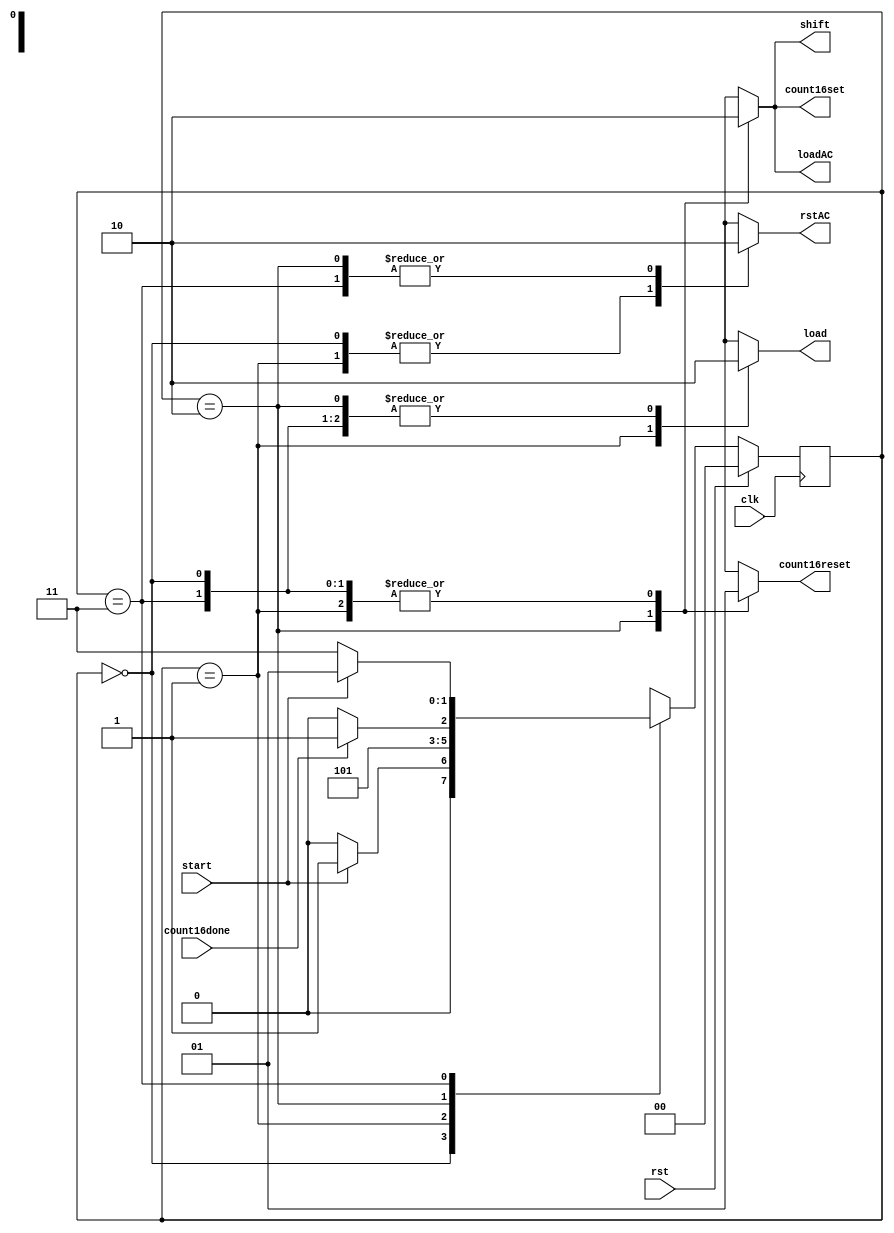
`timescale 1ns / 1ps

//////////////////////////////////////////////////////////////////////////////////


module CONTROLLER(load,
                  loadAC,
                  rstAC,
                  shift,
                  count16set,
                  count16reset,
                  
                  clk,
                  start,
                  rst,
                  count16done);
output reg load,
           loadAC,
           rstAC,
           shift,
           count16set,
           count16reset;
input clk,
      rst,
      start,
      count16done;
parameter S0=2'b00,S1=2'b01,S2=2'b10,S3=2'b11;  
reg[1:0] ps,ns;
always @(posedge clk)
begin
 if(rst)
  ps<=S0;
 else
  ps<=ns;
end    

always @(*)
begin
case(ps)
S0: begin
     rstAC=1'b1;
     loadAC=1'b0;
     load=1'b0;
     shift=1'b0;
     count16set=1'b0;
     count16reset=1'b1;  
     if(start)
      ns=S1;
     else
      ns=S0;
    end
S1: begin
     rstAC=1'b1;
     loadAC=1'b0;
     load=1'b1;
     shift=1'b0;
     count16set=1'b0;
     count16reset=1'b1; 
     
     ns=S2;
    end 
S2: begin
     rstAC=1'b0;
     loadAC=1'b1;
     load=1'b0;
     shift=1'b1;
     count16set=1'b1;
     count16reset=1'b0; 
     if(count16done)
      ns=S3;
     else
      ns=S2; 
    end   
S3: begin
     rstAC=1'b0;
     loadAC=1'b0;
     load=1'b0;
     shift=1'b0;
     count16set=1'b0;
     count16reset=1'b1;
     if(start)
      ns=S1;
     else
      ns=S3;
    end 
default: begin
          rstAC=1'b1;
          loadAC=1'b0;
          load=1'b0;
          shift=1'b0;
          count16set=1'b0;
          count16reset=1'b1;
          
          ns=S0;
         end 
endcase                       
end                             
                                      
endmodule